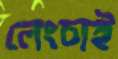
লেংচাই